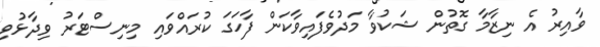
ވާއިރު އެ ނިޒާމާ ގޮތުން ޝަކުވާ މަދުވެފައިވާކަން ފާހަގަ ކުރައްވައި މިނިސްޓަރު ވިދާޅުވި